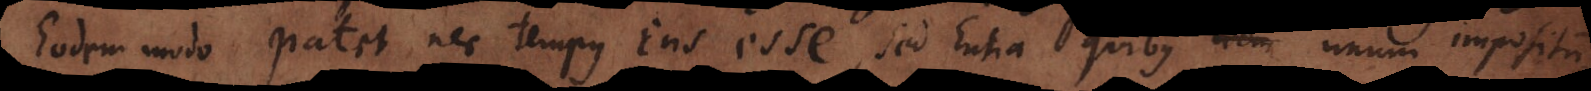
Eodem modo patet nec tempus Ens esse, sed Entia quibus idem unum impositum